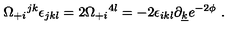
\Omega _ { + i } { } ^ { j k } \epsilon _ { j k l } = 2 \Omega _ { + i } { } ^ { 4 l } = - 2 \epsilon _ { i k l } \partial _ { \underline { k } } e ^ { - 2 \phi } \ .